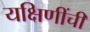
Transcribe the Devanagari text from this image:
यक्षिणींची